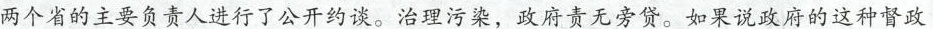
两个省的主要负责人进行了公开约谈。治理污染，政府责无旁贷。如果说政府的这种督政